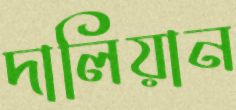
দালিয়ান